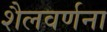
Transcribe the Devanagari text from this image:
शैलवर्णना